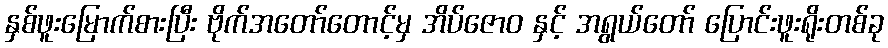
နှစ်ဖူးမြောက်စားပြီး ဗိုက်အတော်တောင့်မှ အိပ်ဇောဝ နှင့် အရွယ်တော် ပြောင်းဖူးရိုးတစ်ခု